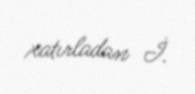
xatırladan İ.